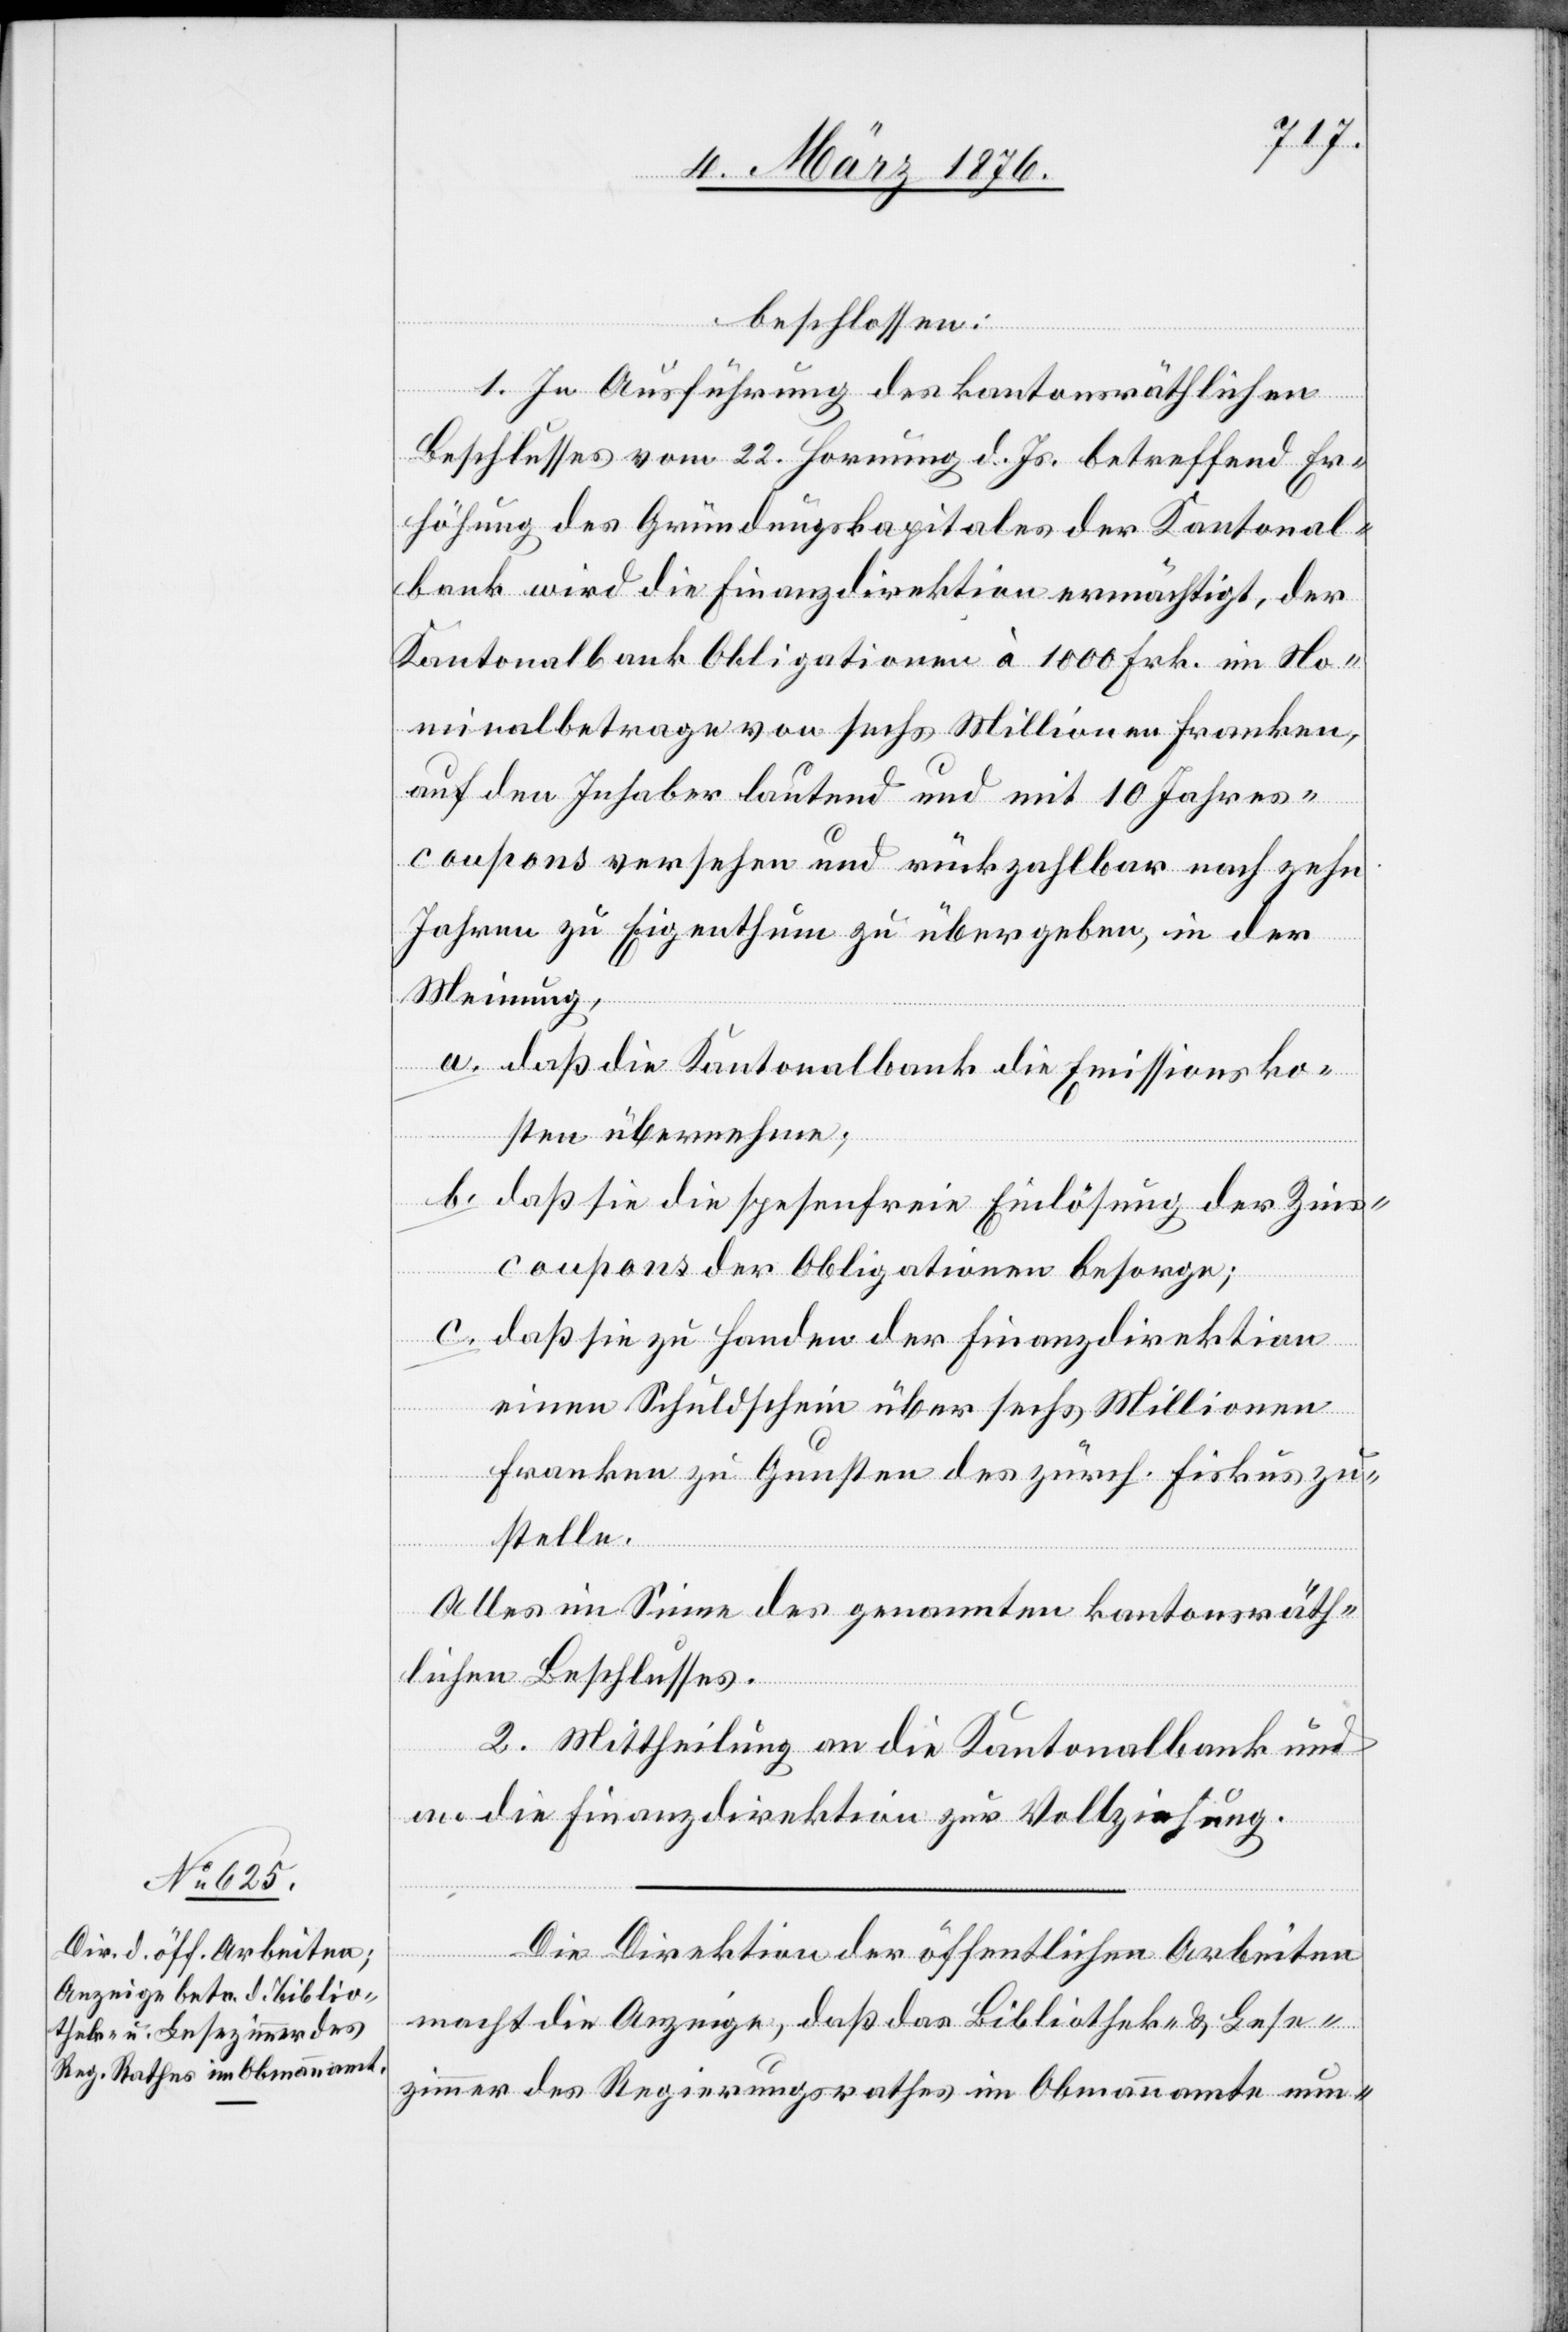
beschlossen:
1. In Ausführung des kantonsräthlichen
Beschlusses vom 22. Hornung d. Js. betreffend Er¬
höhung des Gründungskapitales der Kantonal¬
bank wird die Finanzdirektion ermächtigt, der
Kantonalbank Obligationen à 1000 Frk. im No¬
minalbetrage von sechs Millionen Franken,
auf den Inhaber lautend und mit 10 Jahres¬
coupons versehen und rückzahlbar nach zehn
Jahren zu Eigenthum zu übergeben, in der
Meinung,
a. Daß die Kantonalbank die Emissionsko¬
sten übernehme;
b. daß sie die spesenfreie Einlösung der Zins¬
coupons der Obligationen besorge;
c. daß sie zu Handen der Finanzdirektion
einen Schuldschein über sechs Millionen
Franken zu Gunsten des zürch. Fiskus zu¬
stelle.
Alles im Sinne des genannten kantonsräth¬
lichen Beschlusses.
2. Mittheilung an die Kantonalbank und
an die Finanzdirektion zur Vollziehung.
Die Direktion der öffentlichen Arbeiten
macht die Anzeige, daß das Bibliothek- & Lehr¬
zimmer des Regierungsrathes im Obmannamte nun-